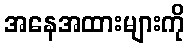
အနေအထားများကို